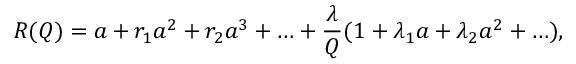
R ( Q ) = a + r _ { 1 } a ^ { 2 } + r _ { 2 } a ^ { 3 } + \ldots + \frac { \lambda } { Q } ( 1 + \lambda _ { 1 } a + \lambda _ { 2 } a ^ { 2 } + \ldots ) ,